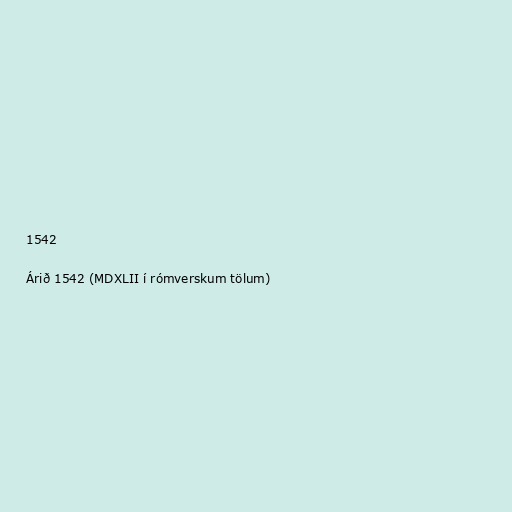
1542

Árið 1542 (MDXLII í rómverskum tölum)